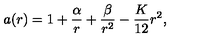
a ( r ) = 1 + \frac { \alpha } { r } + \frac { \beta } { r ^ { 2 } } - \frac { K } { 1 2 } r ^ { 2 } ,